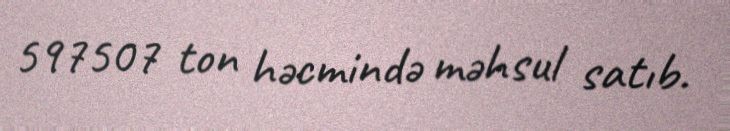
597507 ton həcmində məhsul satıb.